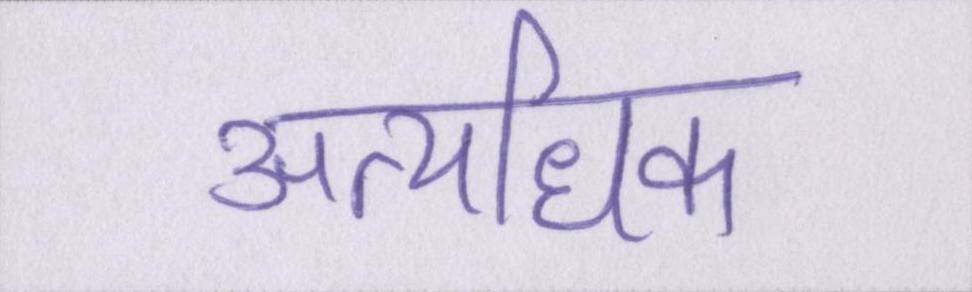
अत्यधिक